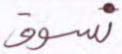
نسوق